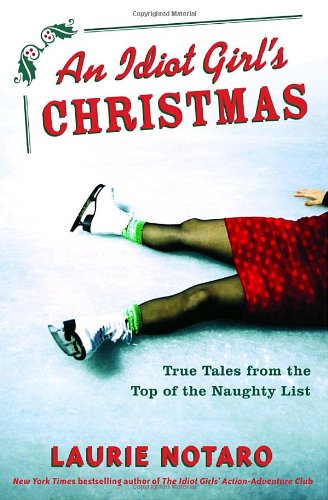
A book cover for An Idiot Girl's Christmas: True Tales from the Top of the Naughty List; Laurie Notaro; Humor & Entertainment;